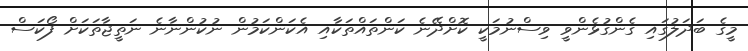
މީގެ ބަދަލުގައި ގެންގުޅެންވީ ވިސްނުމަކީ ކޮށްދޭނެ ކަންތައްތަކާއި އެކަންކަމުން ނުކުންނާނެ ނަތީޖާތަކަށް ފޯކަސް